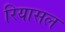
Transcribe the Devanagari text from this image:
रियासल